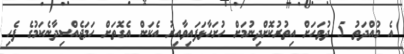
އެ މުއްދަތު 5 ދުވަހަށް އިތުރުކޮށްދިނުމަށް ހުށަހާޅަފައިވާއިރު އެކަން އެގޮތަށް ހަމަޖެއްސިދާނެކަމުގެ ފެހި